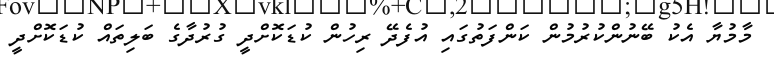
މާމުޔާ އެކު ބޭނުންކުރުމުން ކަންފަތުގައި އުފެދޭ ރިހުން ކުޑަކޮށްދީ ގުރުދާގެ ބަލިތައް ކުޑަކޮށްދީ